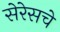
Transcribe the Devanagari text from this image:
सेरेसचे